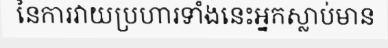
នៃការវាយប្រហារទាំងនេះអ្នកស្លាប់មាន